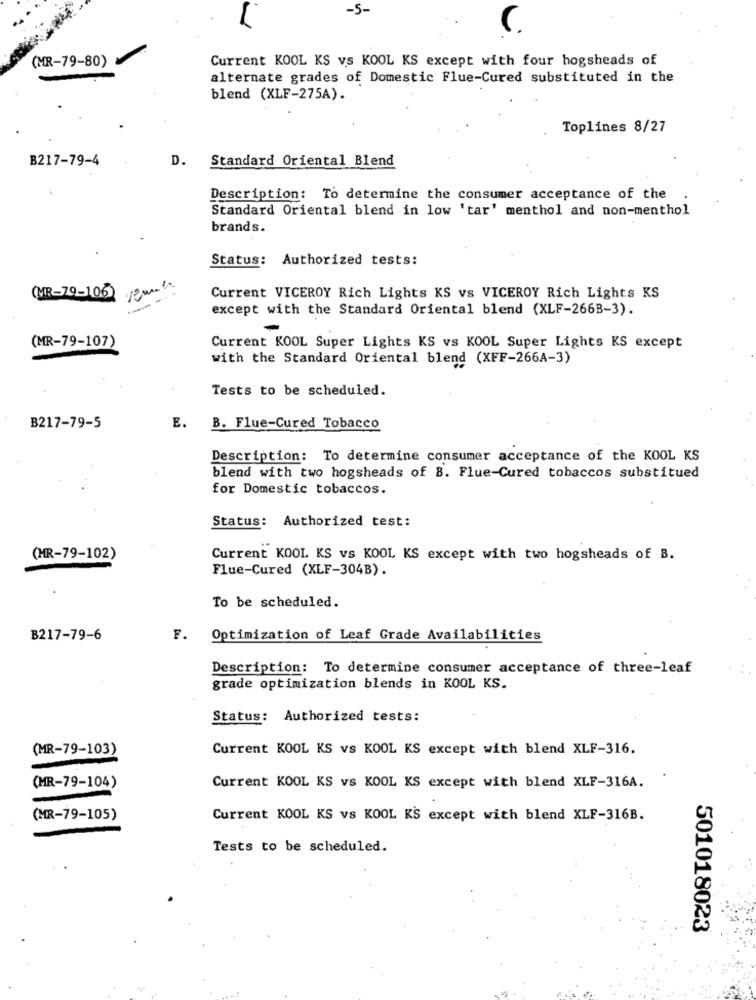
-5-
(MR-79-80)
Current KOOL KS vs KOOL KS except with four hogsheads of
alternate grades of Domestic Flue-Cured substituted in the
blend (XLF-275A).
Toplines 8/27
B217-79-4
D. Standard Oriental Blend
Description: To determine the consumer acceptance of the
Standard Oriental blend in low 'tar' menthol and non-menthol
brands.
Status: Authorized tests:
(MR-79-106)
Current VICEROY Rich Lights KS vs VICEROY Rich Lights KS
except with the Standard Oriental blend (XLF-266B-3).
(MR-79-107)
Current KOOL Super Lights KS vs KOOL Super Lights KS except
with the Standard Oriental blend (XFF-266A-3)
Tests to be scheduled.
B217-79-5
E.
B. Flue-Cured Tobacco
Description: To determine consumer acceptance of the KOOL KS
blend with two hogsheads of B. Flue-Cured tobaccos substitued
for Domestic tobaccos.
Status: Authorized test:
(MR-79-102)
Current KOOL KS vs KOOL KS except with two hogsheads of B.
Flue-Cured (XLF-304B).
To be scheduled.
B217-79-6
F. Optimization of Leaf Grade Availabilities
Description: To determine consumer acceptance of three-leaf
grade optimization blends in KOOL KS.
Status: Authorized tests:
(MR-79-103)
Current KOOL KS vs KOOL KS except with blend XLF-316.
(MR-79-104)
Current KOOL KS vs KOOL KS except with blend XLF-316A.
(MR-79-105)
Current KOOL KS vs KOOL KS except with blend XLF-316B.
Tests to be scheduled.
501018023